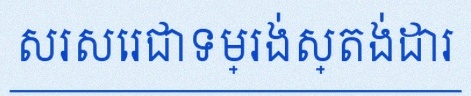
សរសេរជាទម្រង់ស្តង់ដារ